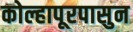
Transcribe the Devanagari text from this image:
कोल्हापूरपासुन